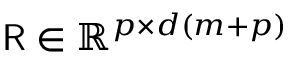
{ \sf R } \in \mathbb { R } ^ { p \times d ( m + p ) }